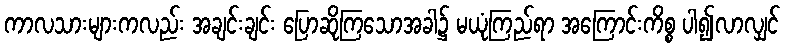
ကာလသားများကလည်း အချင်းချင်း ပြောဆိုကြသောအခါ၌ မယုံကြည်ရာ အကြောင်းကိစ္စ ပါ၍လာလျှင်